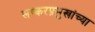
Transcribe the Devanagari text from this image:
लष्करप्रमुखांच्या